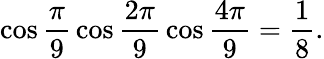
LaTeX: \cos{\frac{\pi}{9}}\cos{\frac{2\pi}{9}}\cos{\frac{4\pi}{9}}={\frac{1}{8}}.